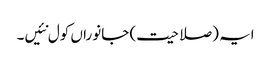
ایہ (صلاحیت) جانوراں کول نئیں۔